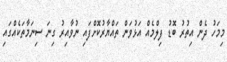
މިމަހު ދެން އިތުރު ބޮޑު ފިލްމެއް އަޅުވަން ތައްޔާރުކޮށްފައި ނުވާއިރު ގިނަ ސިނަމާތަކެއްގައި